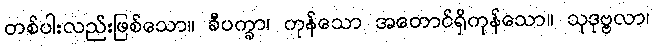
တစ်ပါးလည်းဖြစ်သော။ ခီပက္ခာ၊ ကုန်သော အတောင်ရှိကုန်သော။ သုဒုဗ္ဗလာ၊